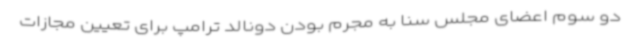
دو سوم اعضای مجلس سنا به مجرم بودن دونالد ترامپ برای تعیین مجازات